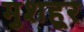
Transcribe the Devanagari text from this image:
मुशहूर